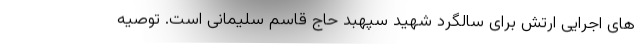
های اجرایی ارتش برای سالگرد شهید سپهبد حاج قاسم سلیمانی است. توصیه